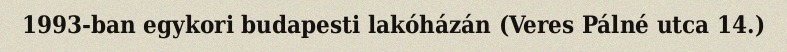
1993-ban egykori budapesti lakóházán (Veres Pálné utca 14.)